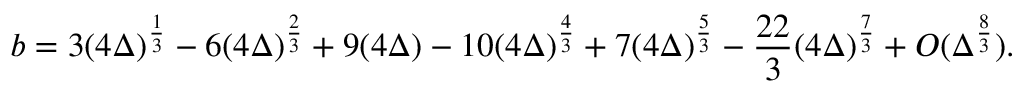
b = 3 ( 4 \Delta ) ^ { \frac { 1 } { 3 } } - 6 ( 4 \Delta ) ^ { \frac { 2 } { 3 } } + 9 ( 4 \Delta ) - 1 0 ( 4 \Delta ) ^ { \frac { 4 } { 3 } } + 7 ( 4 \Delta ) ^ { \frac { 5 } { 3 } } - \frac { 2 2 } { 3 } ( 4 \Delta ) ^ { \frac { 7 } { 3 } } + { \cal { O } } ( \Delta ^ { \frac { 8 } { 3 } } ) .